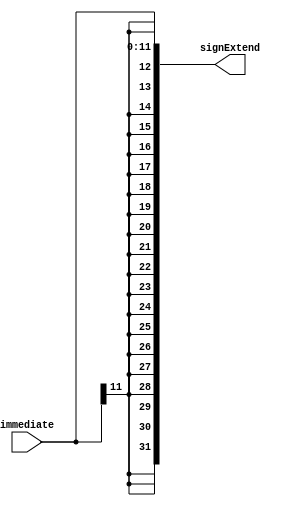
`timescale 1ns / 1ps
//////////////////////////////////////////////////////////////////////////////////
// Company: 
// Engineer: 
// 
// Design Name: 
// Module Name:    Sign_Entender 
// Project Name: 
// Target Devices: 
// Tool versions: 
// Description: 
//
// Dependencies: 
//
// Revision: 
// Revision 0.01 - File Created
// Additional Comments: 
//
//////////////////////////////////////////////////////////////////////////////////
module Sign_Entender(
		input[11:0]immediate,
		output[31:0] signExtend
    );
	  assign signExtend = {{20{immediate[11]}}, immediate};

endmodule